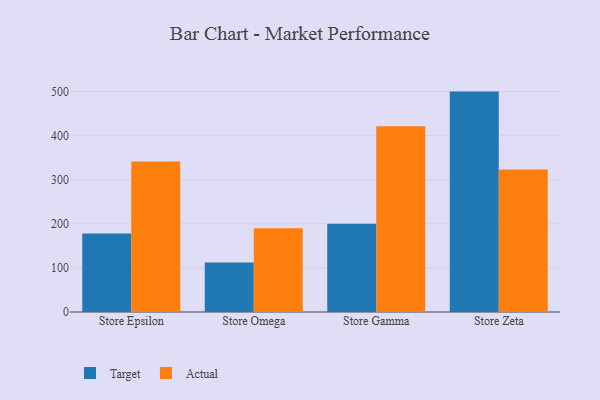
{"axis": {"x": "Store", "y": "Gross Profit (USD K)"}, "legend": ["Actual", "Target"], "data": [{"x": "Store Epsilon", "y": 178.2, "type": "Target"}, {"x": "Store Epsilon", "y": 341.5, "type": "Actual"}, {"x": "Store Omega", "y": 112.2, "type": "Target"}, {"x": "Store Omega", "y": 189.8, "type": "Actual"}, {"x": "Store Gamma", "y": 200.4, "type": "Target"}, {"x": "Store Gamma", "y": 421.2, "type": "Actual"}, {"x": "Store Zeta", "y": 499.8, "type": "Target"}, {"x": "Store Zeta", "y": 322.9, "type": "Actual"}]}